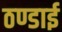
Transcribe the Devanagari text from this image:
ठण्डाई